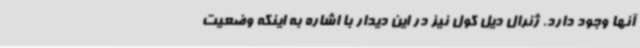
آنها وجود دارد. ژنرال دیل کول نیز در این دیدار با اشاره به اینکه وضعیت